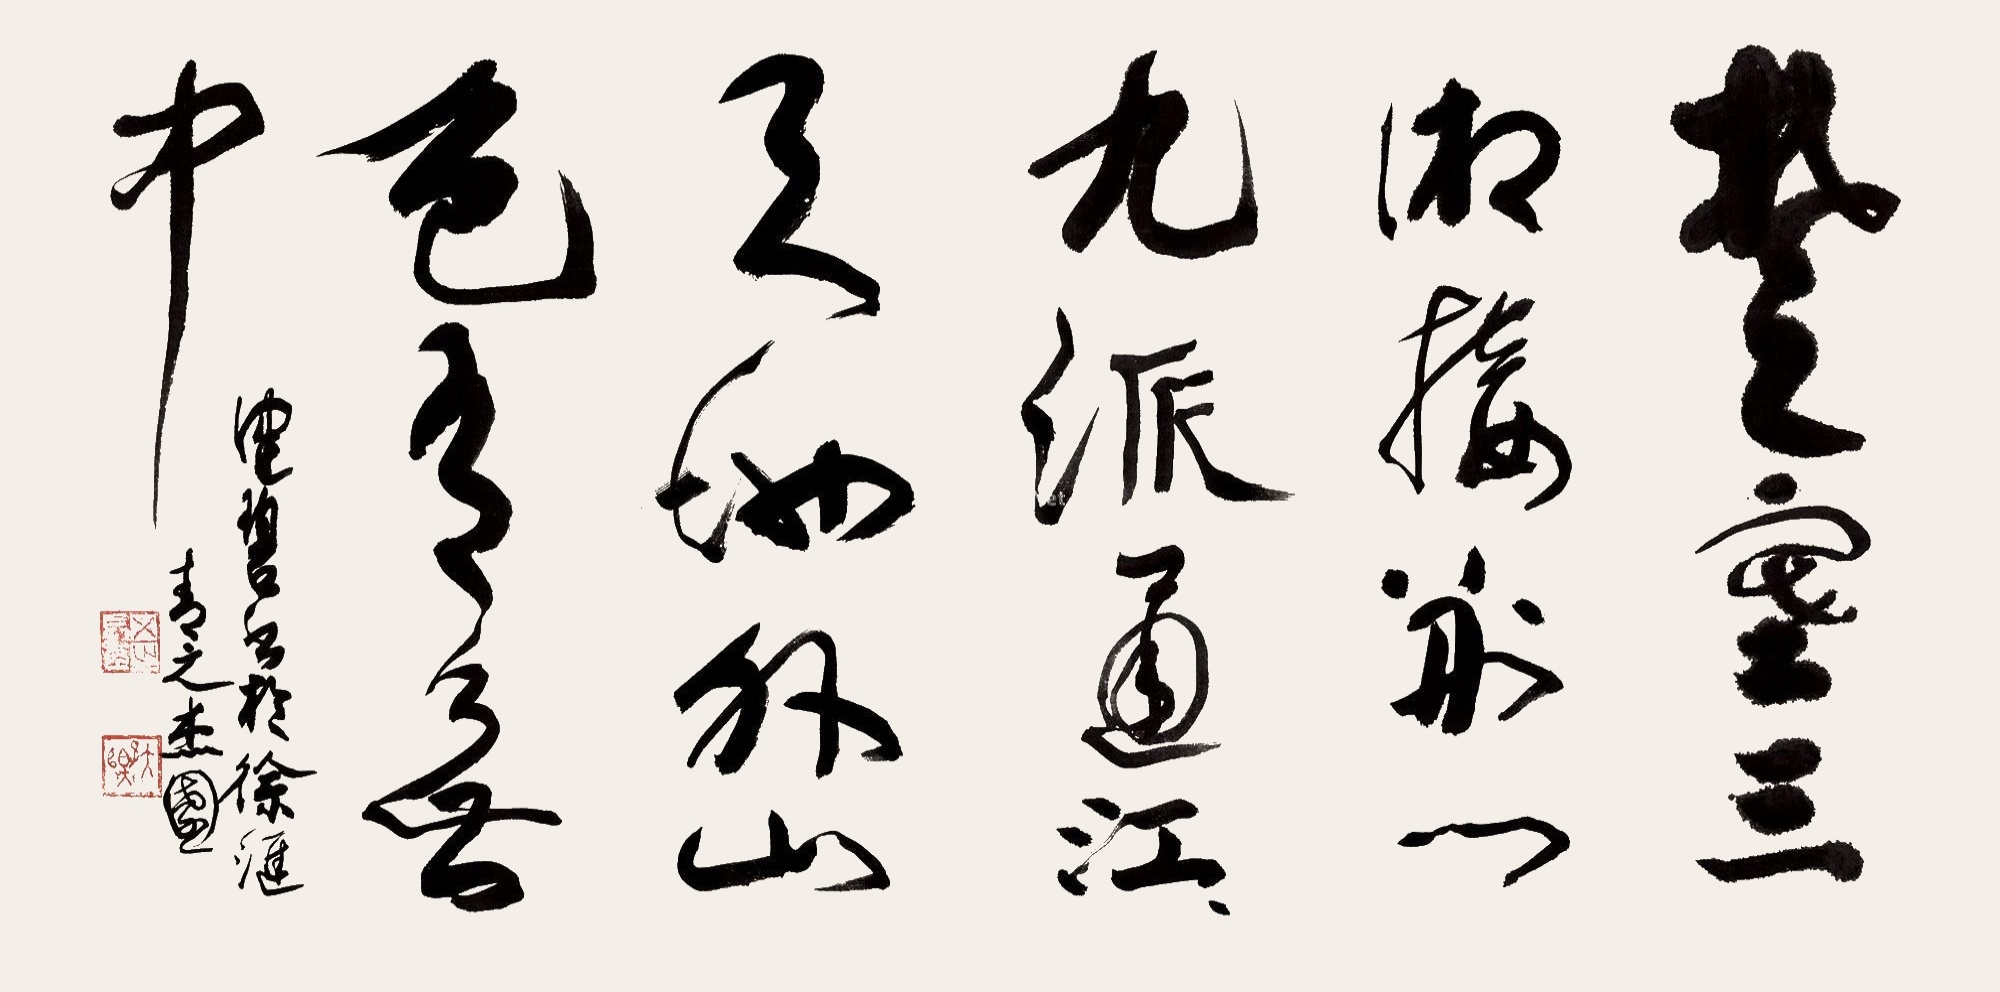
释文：楚寒三湘接，荆门九派通。江流天地外，山色有无中。健碧书于徐汇青之杰园。